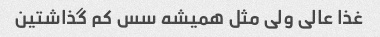
غذا عالی ولی مثل همیشه سس کم گذاشتین